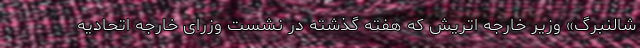
شالنبرگ» وزیر خارجه اتریش که هفته گذشته در نشست وزرای خارجه اتحادیه